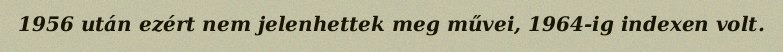
1956 után ezért nem jelenhettek meg művei, 1964-ig indexen volt.